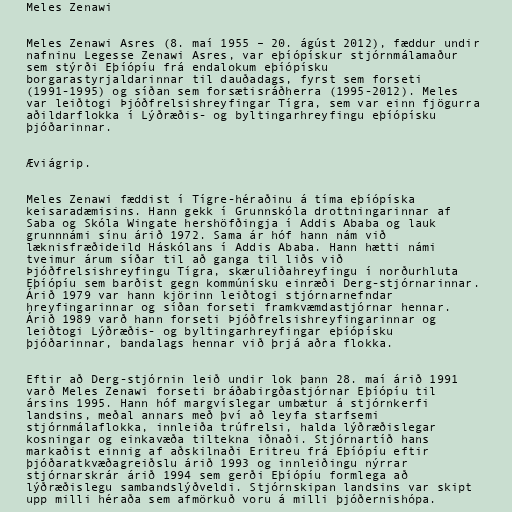
Meles Zenawi

Meles Zenawi Asres (8. maí 1955 – 20. ágúst 2012), fæddur undir
nafninu Legesse Zenawi Asres, var eþíópískur stjórnmálamaður
sem stýrði Eþíópíu frá endalokum eþíópísku
borgarastyrjaldarinnar til dauðadags, fyrst sem forseti
(1991-1995) og síðan sem forsætisráðherra (1995-2012). Meles
var leiðtogi Þjóðfrelsishreyfingar Tígra, sem var einn fjögurra
aðildarflokka í Lýðræðis- og byltingarhreyfingu eþíópísku
þjóðarinnar.

Æviágrip.

Meles Zenawi fæddist í Tígre-héraðinu á tíma eþíópíska
keisaradæmisins. Hann gekk í Grunnskóla drottningarinnar af
Saba og Skóla Wingate hershöfðingja í Addis Ababa og lauk
grunnnámi sínu árið 1972. Sama ár hóf hann nám við
læknisfræðideild Háskólans í Addis Ababa. Hann hætti námi
tveimur árum síðar til að ganga til liðs við
Þjóðfrelsishreyfingu Tígra, skæruliðahreyfingu í norðurhluta
Eþíópíu sem barðist gegn kommúnísku einræði Derg-stjórnarinnar.
Árið 1979 var hann kjörinn leiðtogi stjórnarnefndar
hreyfingarinnar og síðan forseti framkvæmdastjórnar hennar.
Árið 1989 varð hann forseti Þjóðfrelsishreyfingarinnar og
leiðtogi Lýðræðis- og byltingarhreyfingar eþíópísku
þjóðarinnar, bandalags hennar við þrjá aðra flokka.

Eftir að Derg-stjórnin leið undir lok þann 28. maí árið 1991
varð Meles Zenawi forseti bráðabirgðastjórnar Eþíópíu til
ársins 1995. Hann hóf margvíslegar umbætur á stjórnkerfi
landsins, meðal annars með því að leyfa starfsemi
stjórnmálaflokka, innleiða trúfrelsi, halda lýðræðislegar
kosningar og einkavæða tiltekna iðnaði. Stjórnartíð hans
markaðist einnig af aðskilnaði Eritreu frá Eþíópíu eftir
þjóðaratkvæðagreiðslu árið 1993 og innleiðingu nýrrar
stjórnarskrár árið 1994 sem gerði Eþíópíu formlega að
lýðræðislegu sambandslýðveldi. Stjórnskipan landsins var skipt
upp milli héraða sem afmörkuð voru á milli þjóðernishópa.